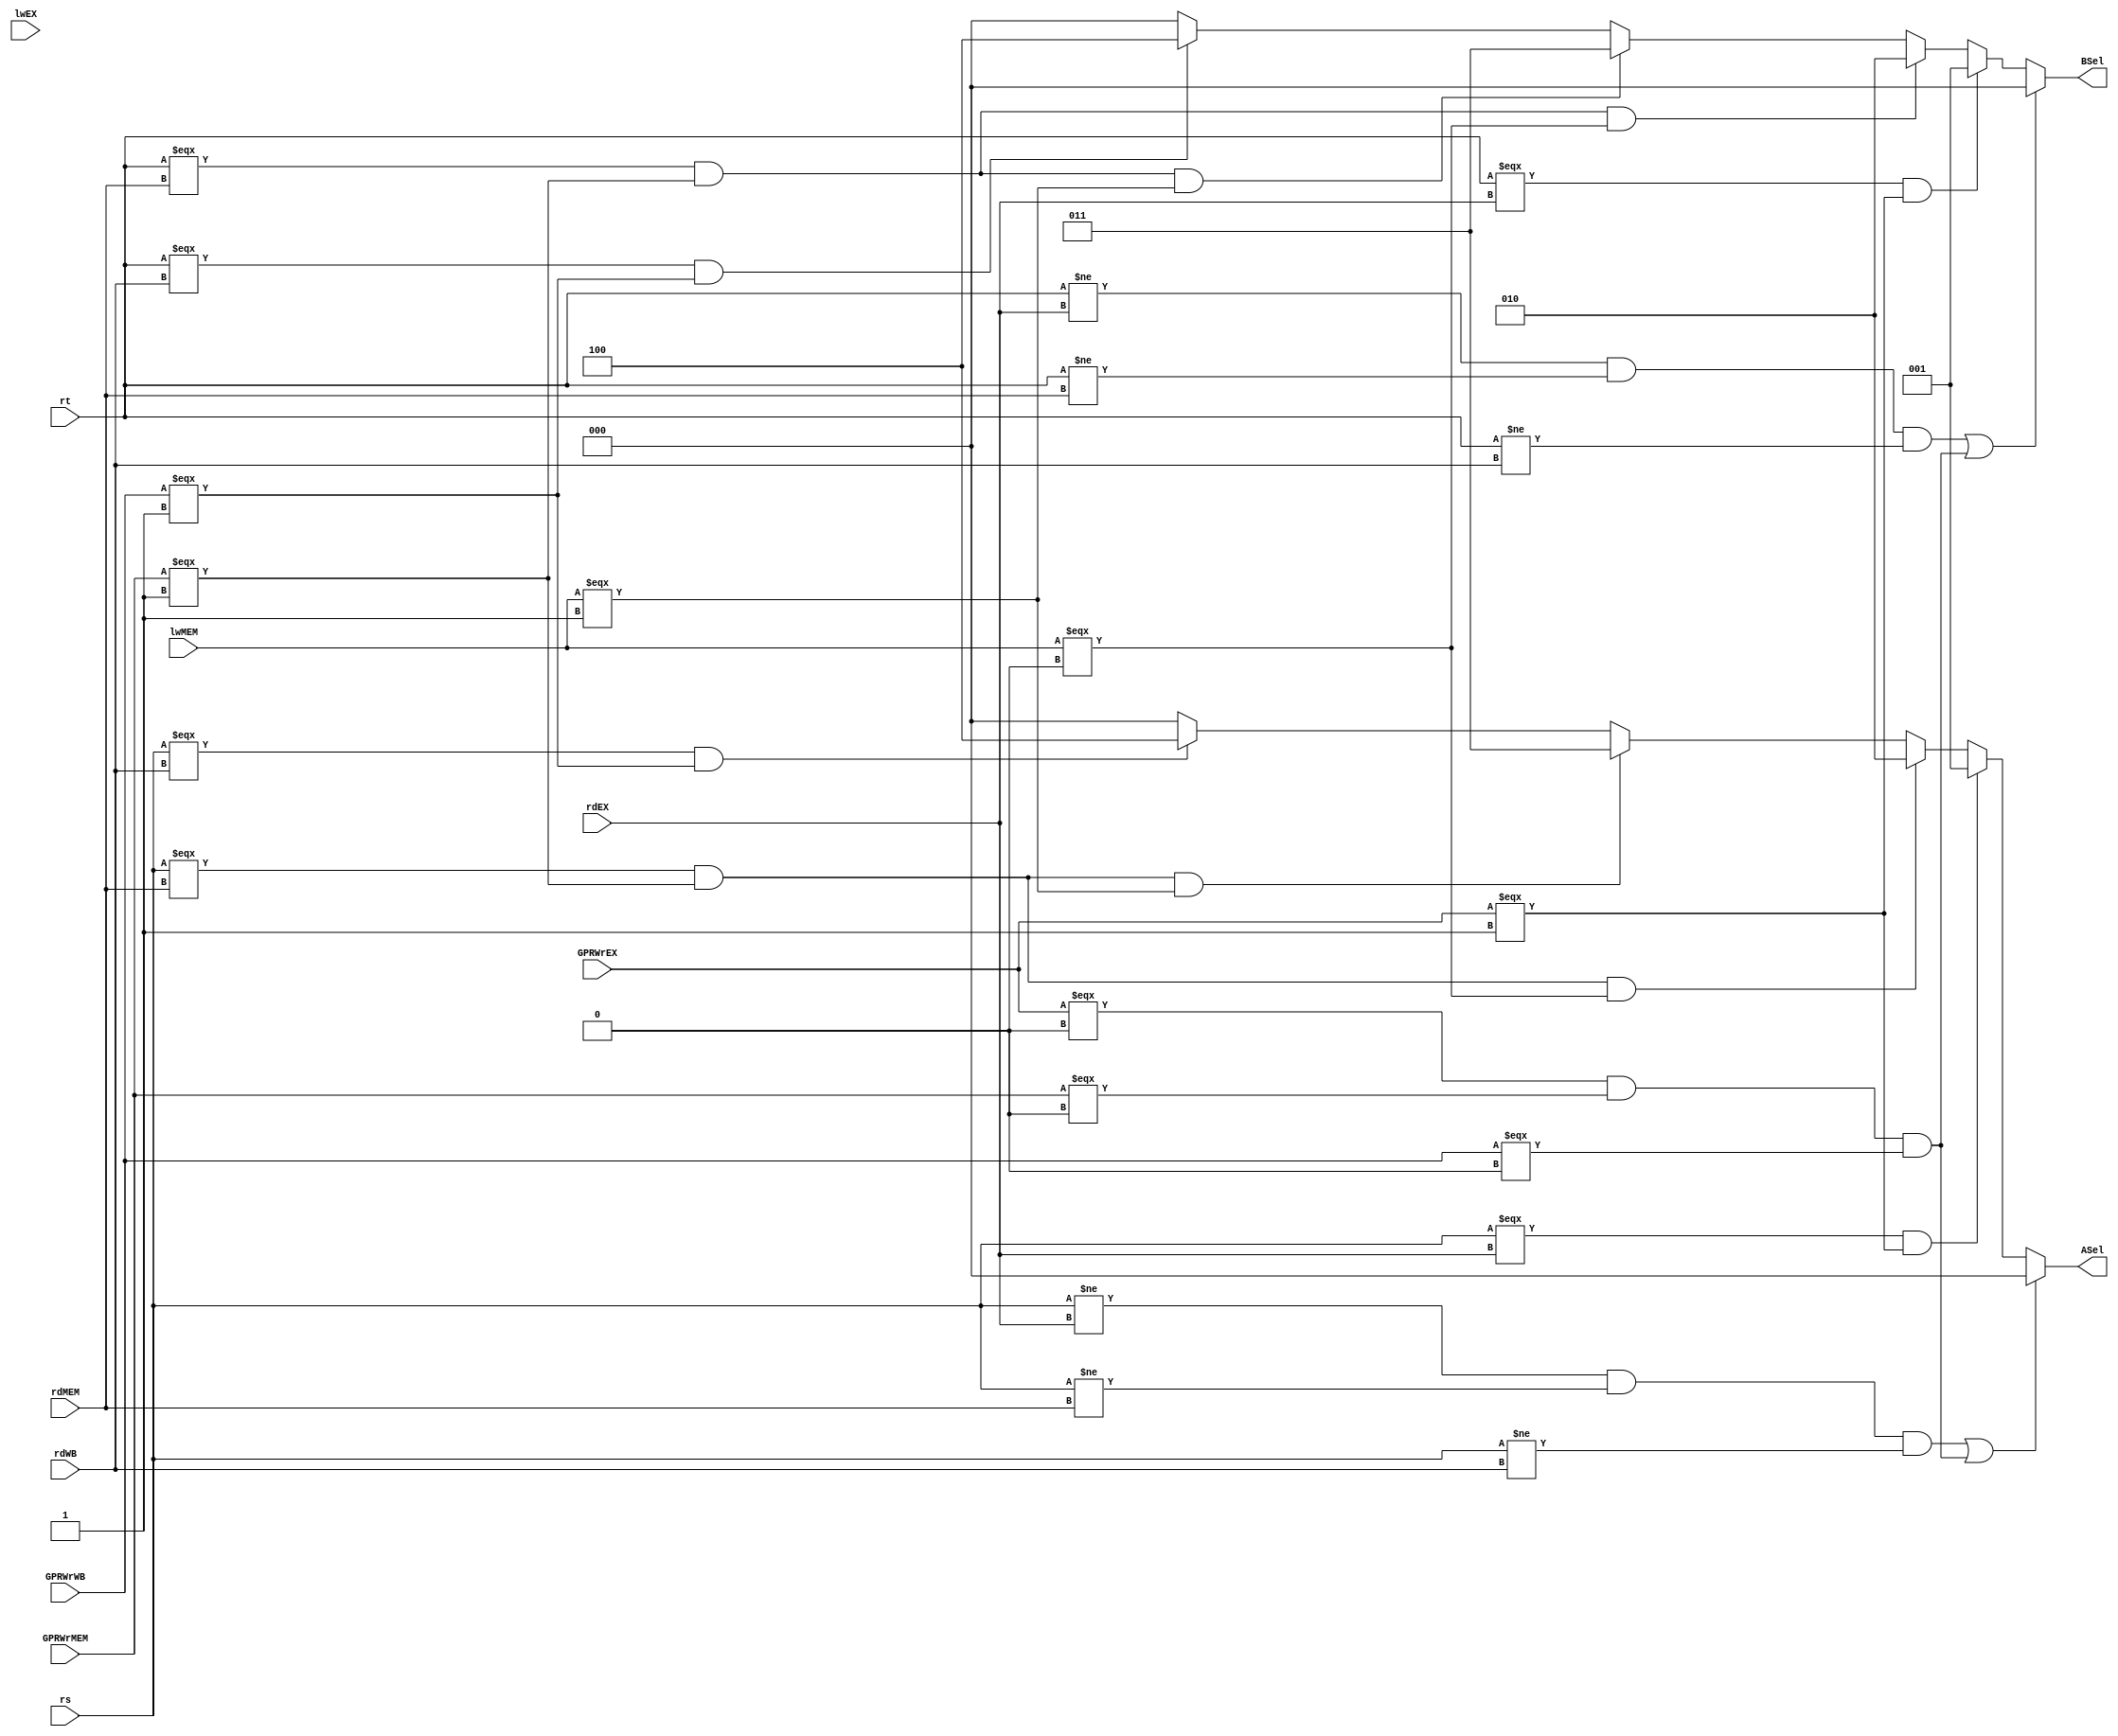
`define Origin  3'd0
`define busCEX  3'd1
`define busCMEM 3'd2
`define outMEM  3'd3
`define busW    3'd4

module forwarding(rs, rt, rdEX, lwEX, rdMEM, lwMEM, rdWB, GPRWrEX, GPRWrMEM, GPRWrWB, ASel, BSel);
    input   [4:0]   rs, rt;
    input   [4:0]   rdEX, rdMEM, rdWB;
    input           lwEX, lwMEM, GPRWrEX, GPRWrMEM, GPRWrWB;
    output  [2:0]   ASel, BSel;

    assign  ASel = (((rs != rdEX) && (rs != rdMEM) && (rs != rdWB)) || ((GPRWrEX === 0) && (GPRWrMEM === 0) && (GPRWrWB === 0))) ? `Origin :
                    ((rs === rdEX) && (GPRWrEX === 1)) ? `busCEX : 
                    ((rs === rdMEM) && (GPRWrMEM === 1) && (lwMEM === 0)) ? `busCMEM : 
                    ((rs === rdMEM) && (GPRWrMEM === 1) && (lwMEM === 1)) ? `outMEM : 
                    ((rs === rdWB) && (GPRWrWB === 1)) ? `busW : `Origin;
                    
    
    assign  BSel = (((rt != rdEX) && (rt != rdMEM) && (rt != rdWB)) || ((GPRWrEX === 0) && (GPRWrMEM === 0) && (GPRWrWB === 0))) ? `Origin :
                    ((rt === rdEX) && (GPRWrEX === 1)) ? `busCEX : 
                    ((rt === rdMEM) && (GPRWrMEM === 1) && (lwMEM === 0)) ? `busCMEM : 
                    ((rt === rdMEM) && (GPRWrMEM === 1) && (lwMEM === 1)) ? `outMEM : 
                    ((rt === rdWB) && (GPRWrWB === 1)) ? `busW : `Origin;

endmodule // forwarding